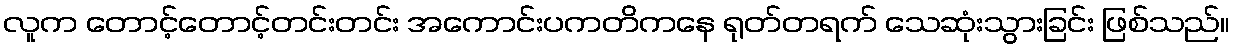
လူက တောင့်တောင့်တင်းတင်း အကောင်းပကတိကနေ ရုတ်တရက် သေဆုံးသွားခြင်း ဖြစ်သည်။